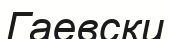
Гаевски